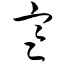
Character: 寒